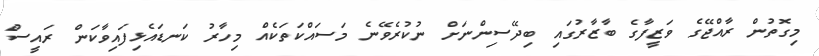
މިގޮތުން ރާއްޖޭގެ ވަޒީފާގެ ބާޒާރުގައި ބިދޭސިންނަށް ނުކުރެވޭނެ މަސައްކަތަކެއް މިހާރު ކަނޑައެޅިފައިވާކަން ރައީސް